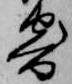
寄